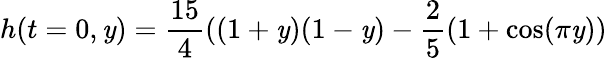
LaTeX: h(t=0,\mathit{y})=\frac{{15}}{{4}}((1+\mathit{y})(1-\mathit{y})-\frac{2}{5}(1+\cos(\pi\mathit{y}))